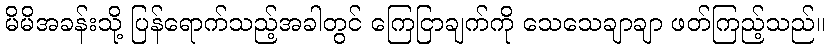
မိမိအခန်းသို့ ပြန်ရောက်သည့်အခါတွင် ကြေငြာချက်ကို သေသေချာချာ ဖတ်ကြည့်သည်။